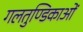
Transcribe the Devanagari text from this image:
गलतुण्डिकाओं